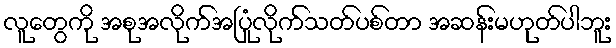
လူတွေကို အစုအလိုက်အပြုံလိုက်သတ်ပစ်တာ အဆန်းမဟုတ်ပါဘူး